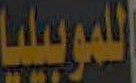
للموبيليا